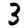
Digit: 3